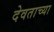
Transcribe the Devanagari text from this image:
देवताच्या